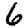
Digit: 6